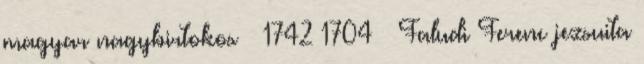
magyar nagybirtokos † 1742 1704 – Faludi Ferenc jezsuita